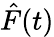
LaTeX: \hat{F}(t)